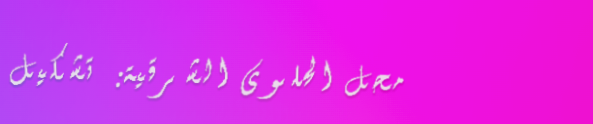
محل الحلوى الشرقية: تشكيل